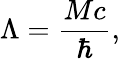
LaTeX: \Lambda=\frac{Mc}{\hbar},